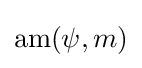
{\textstyle \operatorname {am} (\psi ,m)}